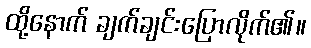
ထို့နောက် ချက်ချင်းပြောလိုက်၏။